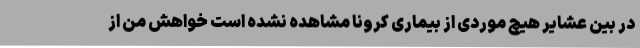
در بین عشایر هیچ موردی از بیماری کرونا مشاهده نشده است خواهش من از